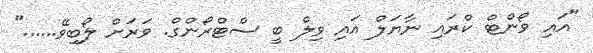
"އައި ވޯންޓް ކްރައި ނާޔަލް އައި ވިލް ބީ ސްޓްރޯންގް. ވަރަށް ލޯބިވޭ......"